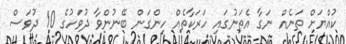
ކުއްޔަށް ތަނެއް ނަގާ އެތަނުގައި ހަރަކާތެއް ހިންގަން ބޭނުންވާ ދުވަހުގެ 10 ދުވަސް